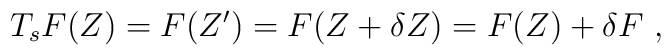
T_s F(Z) = F (Z') = F (Z + \delta Z) = F (Z) + \delta F~,